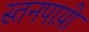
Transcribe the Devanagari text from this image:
स्तनपाय़ी